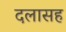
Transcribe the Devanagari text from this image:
दलासह